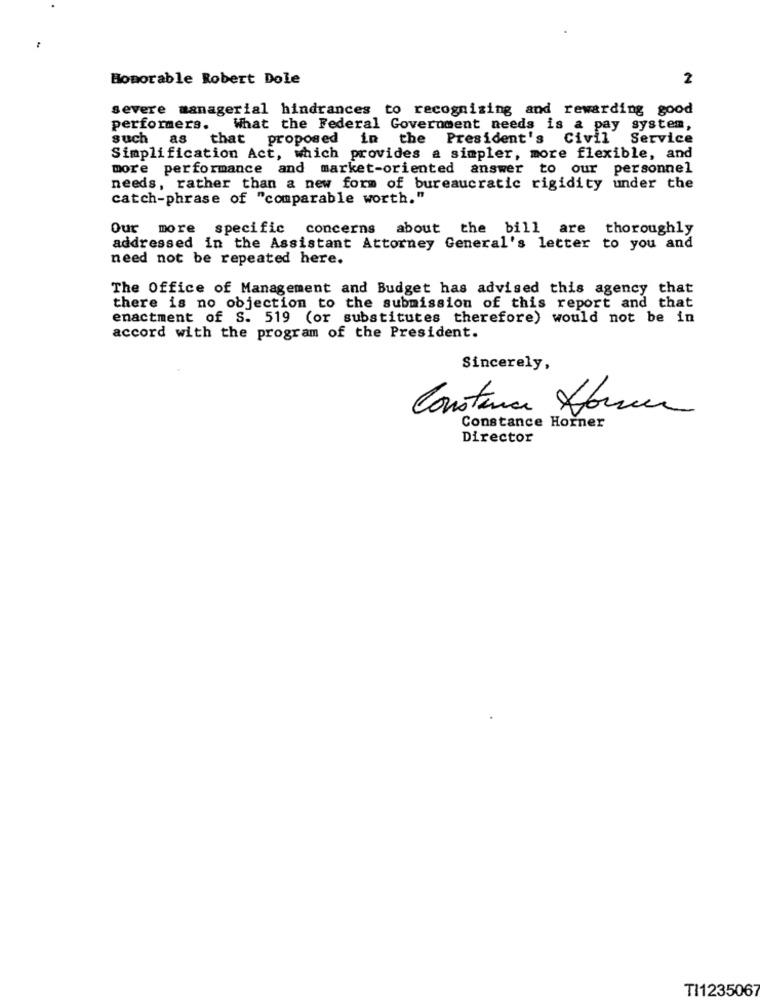
Bomorable Robert Dole
2
severe managerial hindrances to recognizing and rewarding good
performers.
What the Federal Government needs is a pay system,
such as
that proposed in the President's Civil Service
Simplification Act, which provides a simpler, more flexible, and
more performance and market-oriented answer to our personnel
needs, rather than a new form of bureaucratic rigidity under the
catch-phrase of "comparable worth."
Our more specific concerns
about the bill are thoroughly
addressed in the Assistant Attorney General's letter to you and
need not be repeated here.
The Office of Management and Budget has advised this agency that
there is no objection to the submission of this report and that
enactment of S. 519 (or substitutes therefore) would not be in
accord with the program of the President.
Sincerely,
Constance forma
Constance Horner
Director
TI1235067